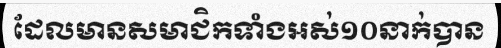
ដែលមានសមាជិកទាំងអស់១០នាក់បាន